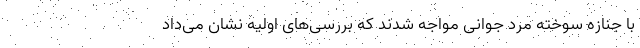
با جنازه سوخته مرد جوانی مواجه شدند که بررسی‌های اولیه نشان می‌داد